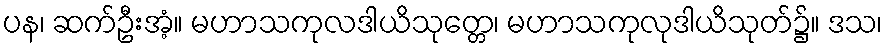
ပန၊ ဆက်ဦးအံ့။ မဟာသကုလဒါယိသုတ္တေ၊ မဟာသကုလုဒါယိသုတ်၌။ ဒသ၊